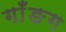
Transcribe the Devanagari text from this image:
गाँङग